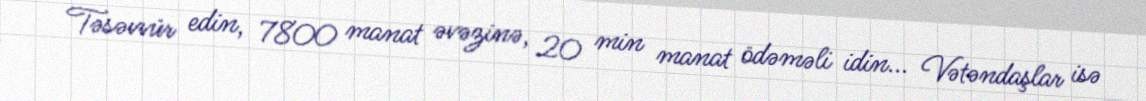
Təsəvvür edin, 7800 manat əvəzinə, 20 min manat ödəməli idin... Vətəndaşlar isə